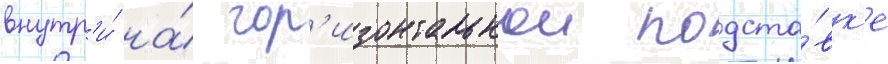
внутр'и́ на́ гор'изонтальнои подста́вк'е